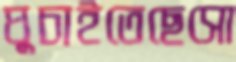
ঘুচাইতেছেসো